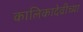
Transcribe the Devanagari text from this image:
कालिकादेवीच्या